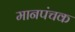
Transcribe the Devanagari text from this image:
मानपंचक